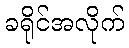
ခရိုင်အလိုက်